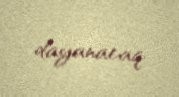
dayanacaq.